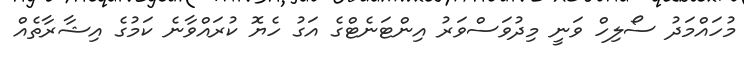
މުހައްމަދު ސޯލިހް ވަނީ މިދުވަސްވަރު އިންޓަނެޓްގެ އަގު ހެޔޮ ކުރައްވާނެ ކަމުގެ އިޝާރާތެއް